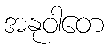
အနုဝါတေ